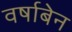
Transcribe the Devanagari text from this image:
वर्षाबेन